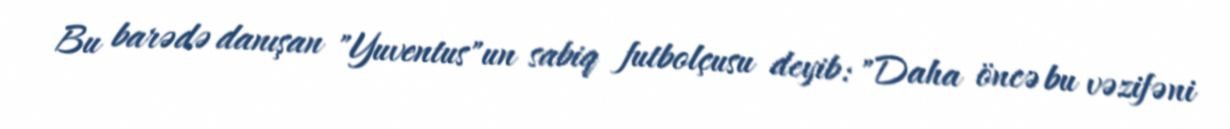
Bu barədə danışan "Yuventus"un sabiq futbolçusu deyib: "Daha öncə bu vəzifəni